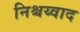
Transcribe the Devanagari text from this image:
निश्चय्वाद